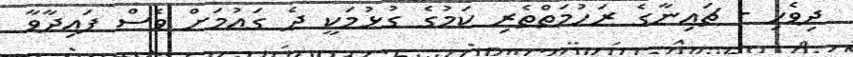
ދިވެހި - ޗައިނާގެ ރަހުމަތްތެރި ކަމުގެ ގުޅުމަކީ ދެ ގައުމަށް ވެސް ފައިދާވާ